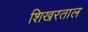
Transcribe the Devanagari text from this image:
शिखरताल